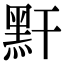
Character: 䵟